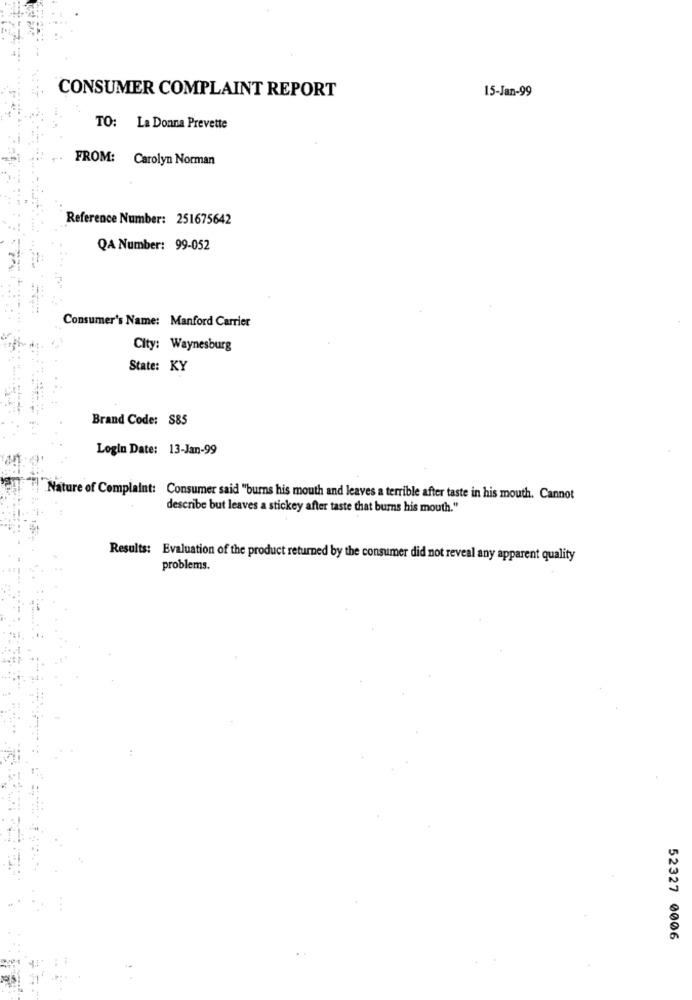
15-Jan-99
CONSUMER COMPLAINT REPORT
TO: La Donna Prevette
FROM: Carolyn Norman
Reference Number: 251675642
QA Number: 99-052
Consumer's Name: Manford Carrier
City: Waynesburg
State: KY
Brand Code: S85
Login Date: 13-Jan-99
Nature of Complaint: Consumer said "burns his mouth and leaves a terrible after taste in his mouth. Cannot
describe but leaves a stickey after taste that burns his mouth."
Results: Evaluation of the product returned by the consumer did not reveal any apparent quality
problems.
52327 0006